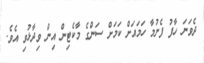
ދެވަނަ ހާފު ފެށުމާ ހަމައަށް ކަމަށް ސަންގެ މާކެޓިން އިން ވިދާޅުވި އެވެ.